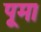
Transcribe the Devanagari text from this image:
पूमा